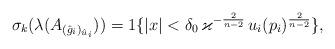
LaTeX: \begin{align*}\sigma_k(\lambda(A_{(\hat g_i)_{\hat u_i}})) = 1 \{|x| < \delta_0\,\varkappa^{-\frac{2}{n-2}}\,u_i(p_i)^{\frac{2}{n-2}}\}, \end{align*}